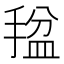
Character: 𫽡